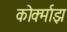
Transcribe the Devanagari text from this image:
कोर्क्माझ